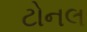
ટોનલ